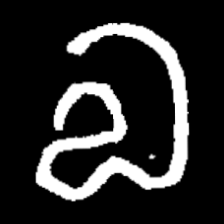
Pyu character \u2014 Myanmar letter: လ (romanized: la)